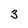
Character: 3